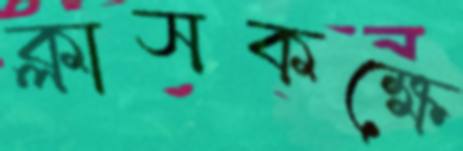
ক্লাসকক্ষে